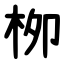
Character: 栁